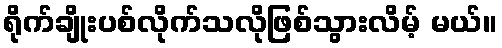
ရိုက်ချိုးပစ်လိုက်သလိုဖြစ်သွားလိမ့် မယ်။